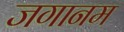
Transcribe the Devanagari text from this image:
जगानम